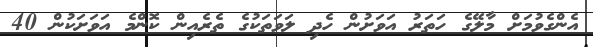
އެންގެވުމަށް މާލޭގެ ހަތަރު އަވަށުން ހެދި ލަވަތަކުގެ ތެރެއިން ކޮންމެ އަވަށަކުން 40